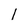
Character: l